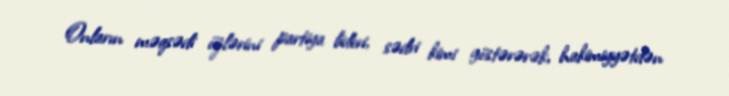
Onların məqsədi özlərini partiya lideri, sədri kimi göstərərək, hakimiyyətdən